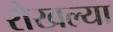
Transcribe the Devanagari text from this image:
रोखल्या